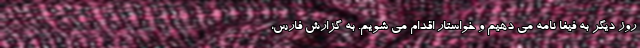
روز دیگر به فیفا نامه می دهیم و خواستار اقدام می شویم. به گزارش فارس،